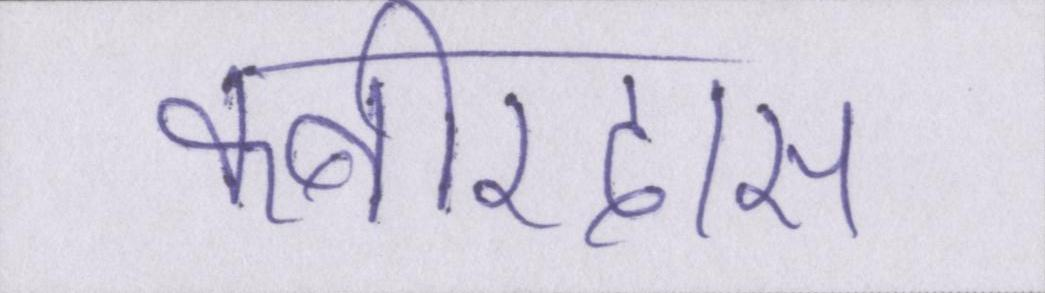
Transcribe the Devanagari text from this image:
कबीरदास